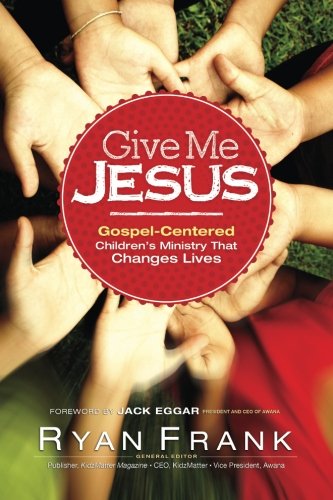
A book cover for Give Me Jesus: Gospel-Centered Children's Ministry that Changes Lives; Christian Books & Bibles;